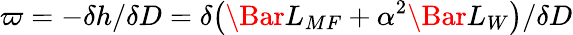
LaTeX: \varpi=-\delta h/\delta D=\delta\big(\Bar{L}_{MF}+\alpha^{2}\Bar{L}_{W}\big)/\delta D